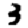
Digit: 3